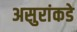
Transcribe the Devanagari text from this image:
असुरांकडे